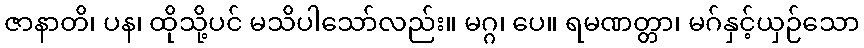
ဇာနာတိ၊ ပန၊ ထိုသို့ပင် မသိပါသော်လည်း။ မဂ္ဂ၊ ပေ။ ရမဏတ္တာ၊ မဂ်နှင့်ယှဉ်သော